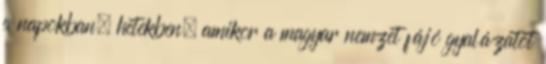
a napokban, hetekben, amikor a magyar nemzet fájó gyalázatot